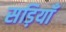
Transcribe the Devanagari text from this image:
सड़ियाँ